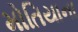
મોતિયાના